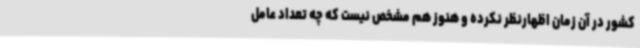
کشور در آن زمان اظهارنظر نکرده و هنوز هم مشخص نیست که چه تعداد عامل